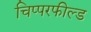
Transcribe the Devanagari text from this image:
चिप्परफील्ड